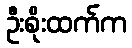
ဦးစိုးထက်က